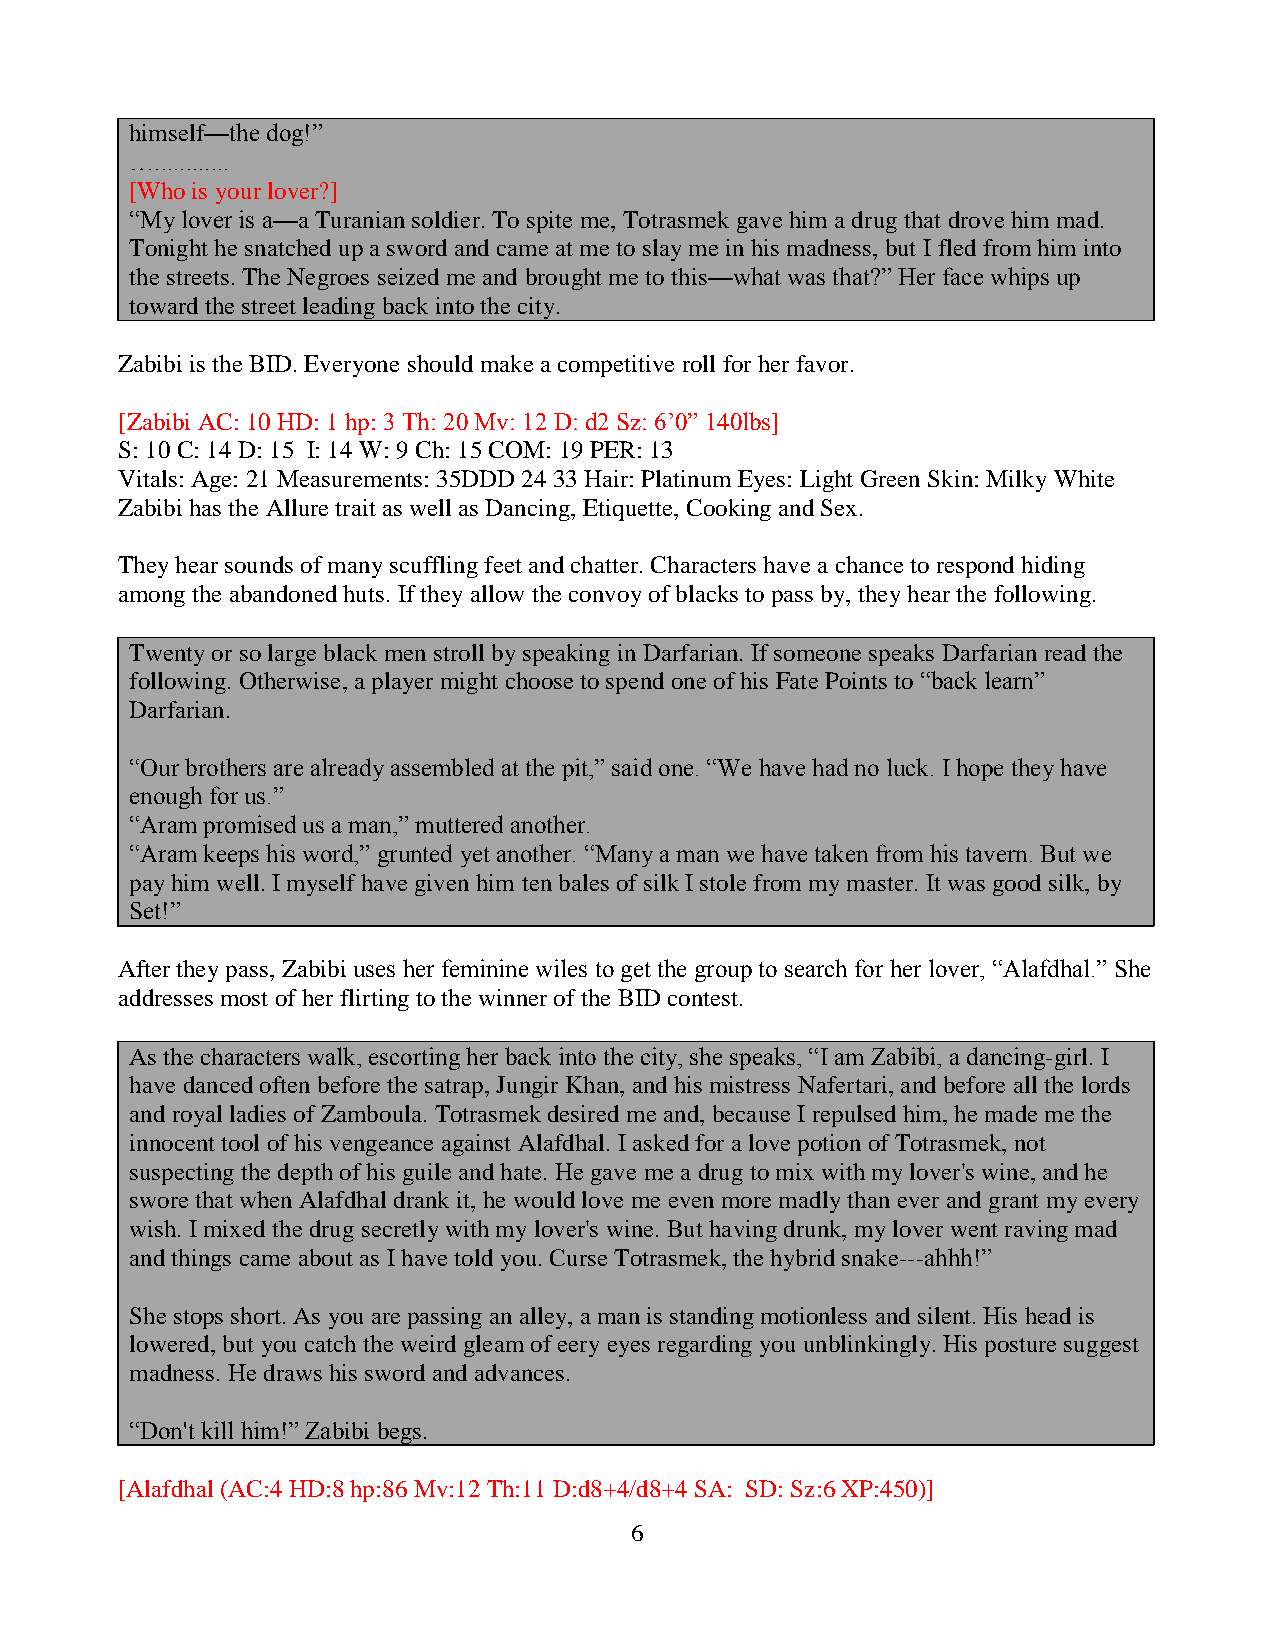
himself—the dog!”
 …............
 [Who is your lover?]
 “My lover is a—a Turanian soldier. To spite me, Totrasmek gave him a drug that drove him mad.
 Tonight he snatched up a sword and came at me to slay me in his madness, but I fled from him into
 the streets. The Negroes seized me and brought me to this—what was that?” Her face whips up
 toward the street leading back into the city.
 Zabibi is the BID. Everyone should make a competitive roll for her favor.
 [Zabibi AC: 10 HD: 1 hp: 3 Th: 20 Mv: 12 D: d2 Sz: 6’0” 140lbs]
 S: 10 C: 14 D: 15 I: 14 W: 9 Ch: 15 COM: 19 PER: 13
 Vitals: Age: 21 Measurements: 35DDD 24 33 Hair: Platinum Eyes: Light Green Skin: Milky White
 Zabibi has the Allure trait as well as Dancing, Etiquette, Cooking and Sex.
 They hear sounds of many scuffling feet and chatter. Characters have a chance to respond hiding
 among the abandoned huts. If they allow the convoy of blacks to pass by, they hear the following.
 Twenty or so large black men stroll by speaking in Darfarian. If someone speaks Darfarian read the
 following. Otherwise, a player might choose to spend one of his Fate Points to “back learn”
 Darfarian.
 “Our brothers are already assembled at the pit,” said one. “We have had no luck. I hope they have
 enough for us.”
 “Aram promised us a man,” muttered another.
 “Aram keeps his word,” grunted yet another. “Many a man we have taken from his tavern. But we
 pay him well. I myself have given him ten bales of silk I stole from my master. It was good silk, by
 Set!”
 After they pass, Zabibi uses her feminine wiles to get the group to search for her lover, “Alafdhal.” She
 addresses most of her flirting to the winner of the BID contest.
 As the characters walk, escorting her back into the city, she speaks, “I am Zabibi, a dancing-girl. I
 have danced often before the satrap, Jungir Khan, and his mistress Nafertari, and before all the lords
 and royal ladies of Zamboula. Totrasmek desired me and, because I repulsed him, he made me the
 innocent tool of his vengeance against Alafdhal. I asked for a love potion of Totrasmek, not
 suspecting the depth of his guile and hate. He gave me a drug to mix with my lover's wine, and he
 swore that when Alafdhal drank it, he would love me even more madly than ever and grant my every
 wish. I mixed the drug secretly with my lover's wine. But having drunk, my lover went raving mad
 and things came about as I have told you. Curse Totrasmek, the hybrid snake---ahhh!”
 She stops short. As you are passing an alley, a man is standing motionless and silent. His head is
 lowered, but you catch the weird gleam of eery eyes regarding you unblinkingly. His posture suggest
 madness. He draws his sword and advances.
 “Don't kill him!” Zabibi begs.
 [Alafdhal (AC:4 HD:8 hp:86 Mv:12 Th:11 D:d8+4/d8+4 SA: SD: Sz:6 XP:450)]
 6